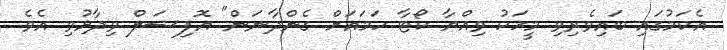
އެކަމުގައި ބައިވެރިވި މީހަކު ވިއްޔާ ކޯޓާ ހަމައަށް ގެންދާނަން" އޮފިޝަލް ވިދާޅުވި އެވެ.